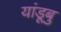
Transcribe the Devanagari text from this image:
यांडूबु